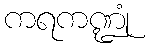
ကရကဏ္ဍုံ